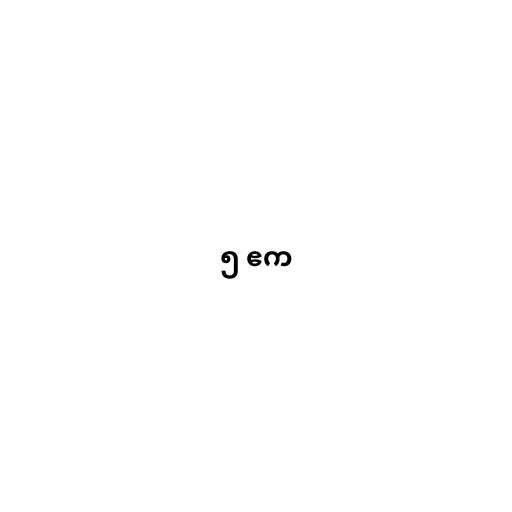
၅ ဧက